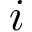
i